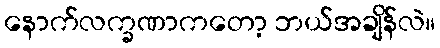
နောက်လက္ခဏာကတော့ ဘယ်အချိန်လဲ။